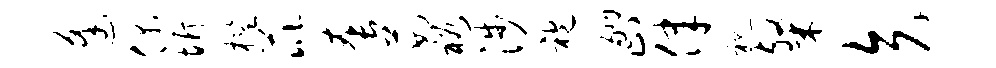
逢偶圻槛芘套茹裕涉袍翮止律视粲矢